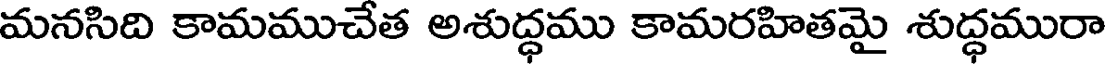
మనసిది కామముచేత అశుద్ధము కామరహితమై శుద్ధమురా